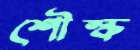
শৌল্ক